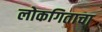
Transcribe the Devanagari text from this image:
लोकगिताचा